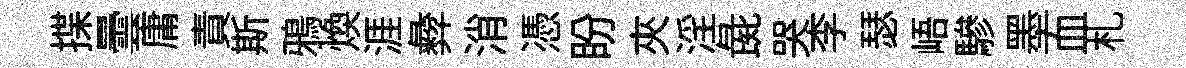
揲曇庸責斯鴉焕涯彜消憑盼夾淫彘哭李瑟峿驂墨血札